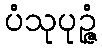
ပံသုပုဉ္ဇံ